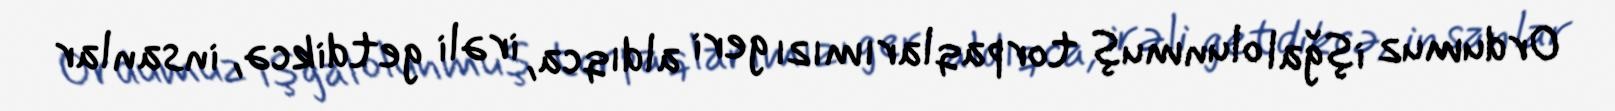
Ordumuz işğal olunmuş torpaqlarımızı geri aldıqca, irəli getdikcə, insanlar